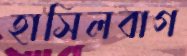
হাসিলবাগ